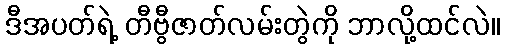
ဒီအပတ်ရဲ့ တီဗွီဇာတ်လမ်းတွဲကို ဘာလို့ထင်လဲ။